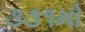
૩૩૧મો